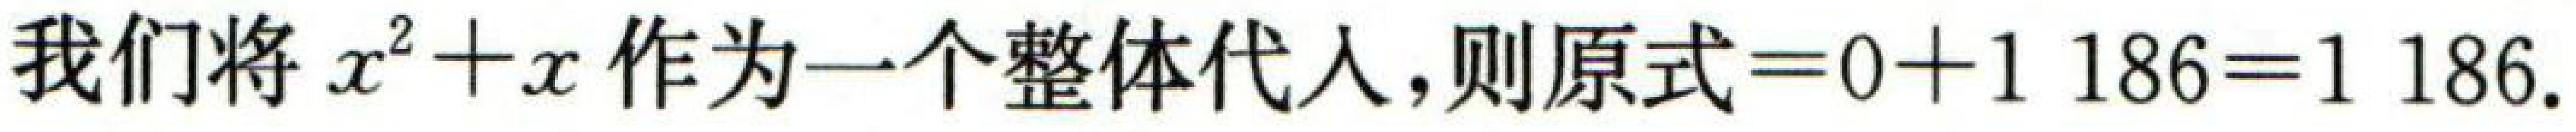
我们将$x^{2}+x$作为一个整体代入,则原式$=0 + 1186=1186$.